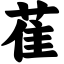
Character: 萑